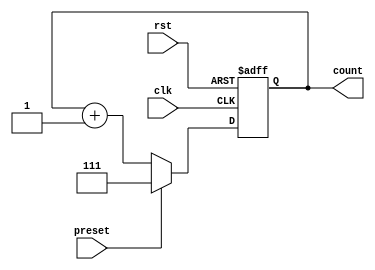
module binary_counter (
    input wire clk,        // Clock input
    input wire rst,        // Reset input
    input wire preset,     // Preset input
    output reg [2:0] count // 3-bit binary count output
);

// Reset logic
always @(posedge clk or posedge rst)
begin
    if (rst)
        count <= 3'b000; // Reset to zero
    else if (preset)
        count <= 3'b111; // Preset to 7 (binary 111)
    else
        count <= count + 1; // Increment count
end

endmodule